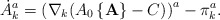
\begin{align*}\dot{A}_{k}^{a} = \left (\nabla_{k}(A_{0}\left \{{\bf A} \right \} - C) \right )^{a} -\pi_{k}^{a}.\end{align*}